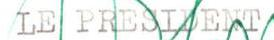
LE PRESIDENT